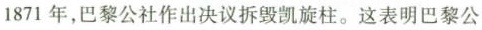
1871年，巴黎公社作出决议拆毁凯旋柱。这表明巴黎公